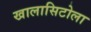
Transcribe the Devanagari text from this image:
खालासिटोला